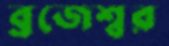
ব্রজেশ্বর